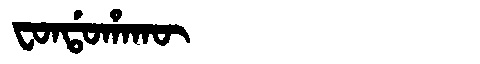
Manchu: ᠸᠣᠨᡩᠣᡥᠠᡴᡡ
Romanization: FONDOHAKŪ